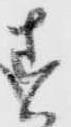
す